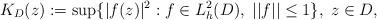
LaTeX: \begin{align*} K_D(z):=\sup\{|f(z)|^2:f\in L_h^2(D),\;||f||\leq 1\},\; z\in D, \end{align*}